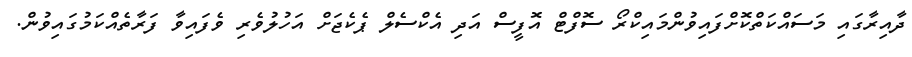
ދާއިރާގައި މަސައްކަތްކޮށްފައިވުންމައިކްރޯ ސޮފްޓް އޮފީސް އަދި އެކްސެލް ޕެކެޖަށް އަހުލުވެރި ވެފައިވާ ފަރާތެއްކަމުގައިވުން.